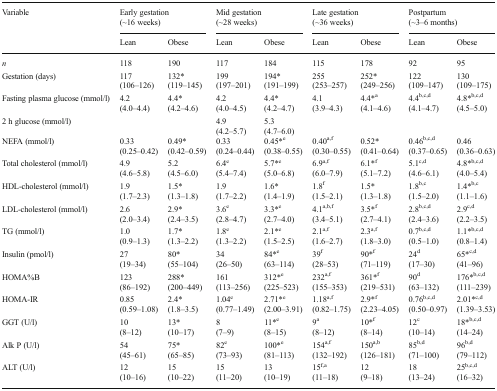
<table><thead><tr><td rowspan="2"><b>Variable</b></td><td colspan="2"><b>Early gestation(~16 weeks)</b></td><td colspan="2"><b>Mid gestation(~28 weeks)</b></td><td colspan="2"><b>Late gestation(~36 weeks)</b></td><td colspan="2"><b>Postpartum(~3–6 months)</b></td></tr><tr><td><b>Lean</b></td><td><b>Obese</b></td><td><b>Lean</b></td><td><b>Obese</b></td><td><b>Lean</b></td><td><b>Obese</b></td><td><b>Lean</b></td><td><b>Obese</b></td></tr></thead><tbody><tr><td><i>n</i></td><td>118</td><td>190</td><td>117</td><td>184</td><td>115</td><td>178</td><td>92</td><td>95</td></tr><tr><td>Gestation (days)</td><td>117(106–126)</td><td>132*(119–145)</td><td>199(197–201)</td><td>194*(191–199)</td><td>255(253–257)</td><td>252*(249–256)</td><td>122(109–147)</td><td>130(109–175)</td></tr><tr><td>Fasting plasma glucose (mmol/l)</td><td>4.2(4.0–4.4)</td><td>4.4*(4.2–4.6)</td><td>4.2(4.0–4.5)</td><td>4.4*(4.2–4.7)</td><td>4.1(3.9–4.3)</td><td>4.4*<sup>a</sup>(4.1–4.6)</td><td>4.4<sup>b,c,d</sup>(4.1–4.7)</td><td>4.8*<sup>b,c,d</sup>(4.5–5.0)</td></tr><tr><td>2 h glucose (mmol/l)</td><td></td><td></td><td>4.9(4.2–5.7)</td><td>5.3(4.7–6.0)</td><td></td><td></td><td></td><td></td></tr><tr><td>NEFA (mmol/l)</td><td>0.33(0.25–0.42)</td><td>0.49*(0.42–0.59)</td><td>0.33(0.24–0.44)</td><td>0.45*<sup>e</sup>(0.38–0.55)</td><td>0.40<sup>a,f</sup>(0.30–0.55)</td><td>0.52*(0.41–0.64)</td><td>0.46<sup>b,c,d</sup>(0.37–0.65)</td><td>0.46(0.36–0.63)</td></tr><tr><td>Total cholesterol (mmol/l)</td><td>4.9(4.6–5.8)</td><td>5.2(4.5–6.0)</td><td>6.4<sup>e</sup>(5.4–7.4)</td><td>5.7*<sup>e</sup>(5.0–6.8)</td><td>6.9<sup>a,f</sup>(6.0–7.9)</td><td>6.1*<sup>f</sup>(5.1–7.2)</td><td>5.1<sup>c,d</sup>(4.6–6.1)</td><td>4.8*<sup>b,c,d</sup>(4.0–5.4)</td></tr><tr><td>HDL-cholesterol (mmol/l)</td><td>1.9(1.7–2.3)</td><td>1.5*(1.3–1.8)</td><td>1.9(1.7–2.2)</td><td>1.6*(1.4–1.9)</td><td>1.8<sup>f</sup>(1.5–2.1)</td><td>1.5*(1.3–1.8)</td><td>1.8<sup>b,c</sup>(1.5–2.0)</td><td>1.4*<sup>b,c</sup>(1.1–1.6)</td></tr><tr><td>LDL-cholesterol (mmol/l)</td><td>2.6(2.0–3.4)</td><td>2.9*(2.4–3.5)</td><td>3.6<sup>e</sup>(2.8–4.7)</td><td>3.3*<sup>e</sup>(2.7–4.0)</td><td>4.1<sup>a,b,f</sup>(3.4–5.1)</td><td>3.5*<sup>f</sup>(2.7–4.1)</td><td>2.8<sup>b,c,d</sup>(2.4–3.6)</td><td>2.9<sup>c,d</sup>(2.2–3.5)</td></tr><tr><td>TG (mmol/l)</td><td>1.0(0.9–1.3)</td><td>1.7*(1.3–2.2)</td><td>1.8<sup>e</sup>(1.3–2.2)</td><td>2.1*<sup>e</sup>(1.5–2.5)</td><td>2.1<sup>a,f</sup>(1.6–2.7)</td><td>2.3<sup>a,f</sup>(1.8–3.0)</td><td>0.7<sup>b,c,d</sup>(0.5–1.0)</td><td>1.1*<sup>b,c,d</sup>(0.8–1.4)</td></tr><tr><td>Insulin (pmol/l)</td><td>27(19–34)</td><td>80*(55–104)</td><td>34(26–50)</td><td>84*<sup>e</sup>(63–114)</td><td>39<sup>f</sup>(28–53)</td><td>90*<sup>f</sup>(71–119)</td><td>24<sup>d</sup>(17–30)</td><td>65*<sup>c,d</sup>(41–96)</td></tr><tr><td>HOMA%B</td><td>123(86–192)</td><td>288*(200–449)</td><td>161(113–256)</td><td>312*<sup>e</sup>(225–523)</td><td>232<sup>a,f</sup>(155–353)</td><td>361*<sup>f</sup>(219–531)</td><td>90<sup>d</sup>(63–132)</td><td>176*<sup>b,c,d</sup>(111–239)</td></tr><tr><td>HOMA-IR</td><td>0.85(0.59–1.08)</td><td>2.4*(1.8–3.5)</td><td>1.04<sup>e</sup>(0.77–1.49)</td><td>2.71*<sup>e</sup>(2.00–3.91)</td><td>1.18<sup>a,f</sup>(0.82–1.75)</td><td>2.9*<sup>f</sup>(2.23–4.05)</td><td>0.76<sup>b,c,d</sup>(0.50–0.97)</td><td>2.01*<sup>c,d</sup>(1.39–3.53)</td></tr><tr><td>GGT (U/l)</td><td>10(8–12)</td><td>13*(10–17)</td><td>8(7–9)</td><td>11*<sup>e</sup>(8–15)</td><td>9<sup>a</sup>(8–12)</td><td>10*<sup>f</sup>(8–14)</td><td>12<sup>c</sup>(10–14)</td><td>18*<sup>b,c,d</sup>(14–24)</td></tr><tr><td>Alk P (U/l)</td><td>54(45–61)</td><td>75*(65–85)</td><td>82<sup>e</sup>(73–93)</td><td>100*<sup>e</sup>(81–113)</td><td>154<sup>a,f</sup>(132–192)</td><td>150<sup>a,b</sup>(126–181)</td><td>85<sup>b,d</sup>(71–100)</td><td>96<sup>b,d</sup>(79–112)</td></tr><tr><td>ALT (U/l)</td><td>12(10–16)</td><td>15(10–22)</td><td>15(11–20)</td><td>13(10–19)</td><td>15<sup>f,a</sup>(11–18)</td><td>12(9–18)</td><td>18(13–24)</td><td>25<sup>b,c,d</sup>(16–32)</td></tr></tbody></table>